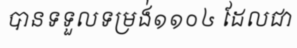
បានទទួលទម្រង់១១០៤ ដែលជា